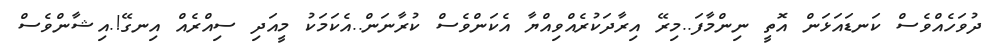
ދުވަހެއްވެސް ކަނޑައަޅަން އޮތީ ނިންމާފަ..މިރޭ އިރާދަކުރެއްވިއްޔާ އެކަންވެސް ކުރާނަން..އެކަމަކު މީއަދި ސިއްރެއް އިނގޭ!.އިޝާންވެސް